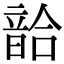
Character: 𩐥